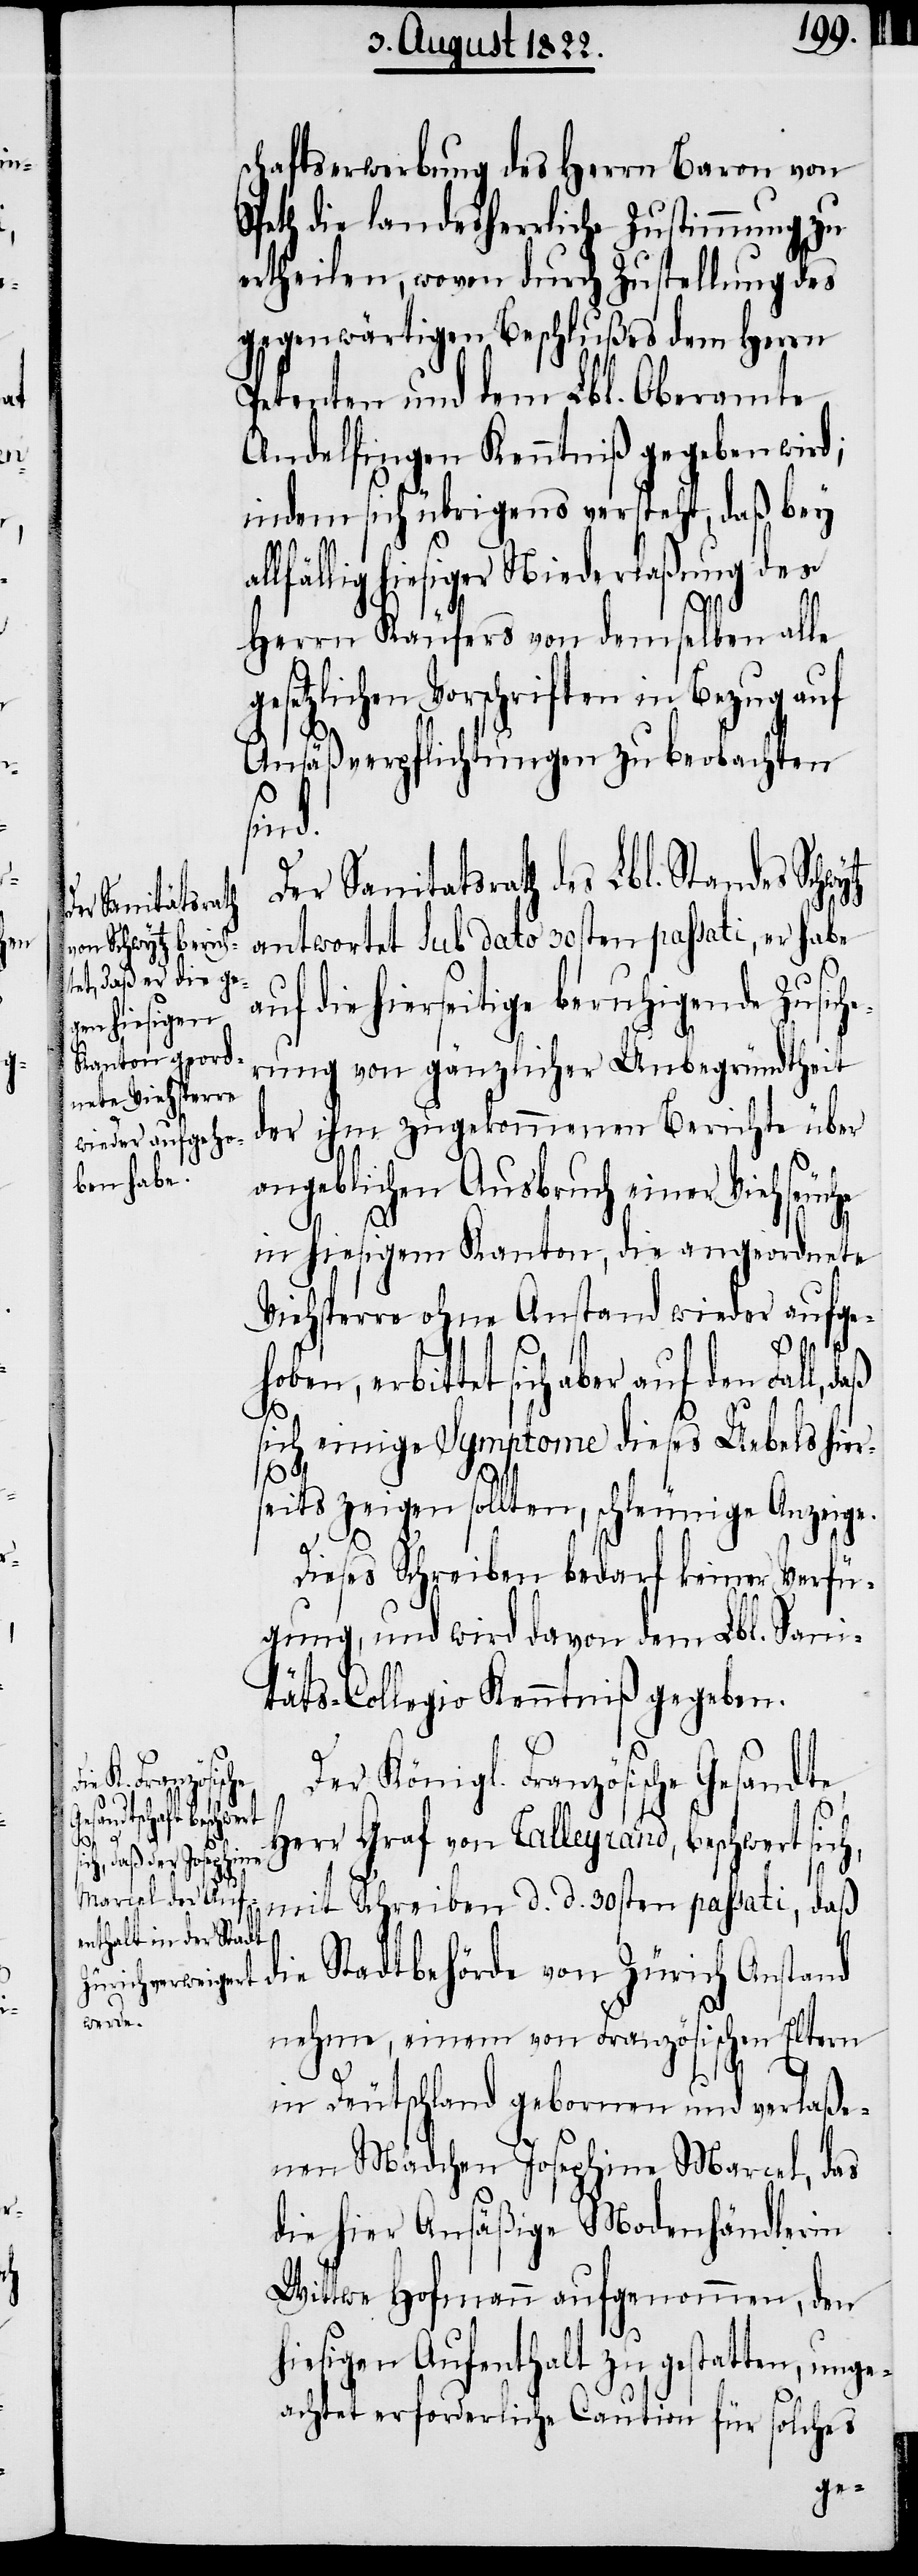
von

schaftserwerbung des Herrn Baron von
Speth die landesherrliche Zustimmung zu
ertheilen, wovon durch Zustellung des
gegenwärtigen Beschlußes dem Herrn
Petenten und dem Lbl. Oberamte
Andelfingen Kenntniß gegeben wird;
indem sich übrigens versteht, daß bey
lfällig hiesiger Niederlaßung des
die
Herrn Käufers von demselben alle
gesetzlichen Vorschriften in Bezug auf
Ansäßverpflichtungen zu beobachten
sind.
Der Sanitätsrath des Lbl. Standes Schw¬
antwortet Sub dato 30sten passati, er habe
uf die hierseitige beruhigende Zusich¬
erung von gänzlicher Unbegründtheit
der ihm zugekommenen Berichte über
angeblichen Ausbruch einer Viehseuche
in hiesigem Kanton, die angeordnete
Viehsperre ohne Anstand wieder aufge¬
hoben, erbittet sich aber auf den
sich einige Symptome dieses Uebels hier¬
seits zeigen sollten, schleunige Anzeige.
Dieses Schreiben bedarf keiner Verfü¬
gung, und wird davon dem Lbl. Sani¬
täts-Collegio Kenntniß gegeben.
Der Königl. Französische Gesandte
a¬
Herr Graf von Balleyrand, beschwert sic¬
mit Schreiben d. d. 30sten passati, daß
nehme, einem von Französischen Eltern
in Deutschland geborenen und verlaße¬
nen Mädchen Josephina Marcel, das
die hier Ansäßige Modenhändlerin
Wittwe Hofmann aufgenommen, den
hiesigen Aufenthalt zu gestatten, unge¬
achtet erforderliche Caution für solches

ytz